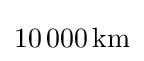
10\,000\,\mathrm {km}